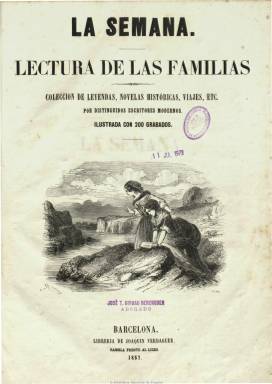
Título: La Semana (Barcelona)
Colección: Semanarios de amenidades
Ámbito geográfico: Barcelona
Lugar de publicación: Barcelona
Fechas: 01/01/1857-31/12/1857

Revista ilustrada (salía los domingos) que puso como objeto de su publicación la de proporcionar una lectura amena e instructiva, en particular, a los padres de familia, y de “todas las clases de la sociedad en general”. En su cabecera, además de indicar que se está ante una “revista nueva”, subtitulada “lectura de las familias”, señala que se trata de una “colección de leyendas, novelas históricas, viajes, etc.” escritas por “distinguidos escritores modernos”.

Estuvo dirigida por el librero y editor Joaquín Verdaguer i Bollich (1803-1864) y su colección la integran 48 entregas, de ocho páginas cada una, que suman un total de 380, publicadas todas ellas durante el año 1857, y que forman un tomo, con un índice de materias al principio. Salió de la imprenta de Juan Oliveros.

En cada número son insertados entre los textos cuatro grabados, sumando su colección unos 200, un considerable número de bojes de importación, la mayor parte de autores franceses, como Delaville, Pisan, Rosseau, Coppin y otros.

La mayor parte de los autores de sus textos son desconocidos, y entre las firmas de sus leyendas aparecen las de M. Thevenot, Gabriela Polignx y A. Rogier; entre las de sus novelas y relatos cortos, las de J. Bell, A. Bast y M. Roger; y en las de sus viajes, la de María Neville sobre un viaje a Rusia (con toda probabilidad un seudónimo), entre otras. En la sección de variedades, incluye textos sobre antigüedades, astrología, biografías y sobre asuntos varios, como volcanes, animales, navegación o grandes descubrimientos, dedicando también espacio a las composiciones poéticas.

La mayor parte del contenido de esta publicación será después reproducido en el también semanario El álbum de las familias (Barcelona: 1858-1861). Según Gisèle Cazottes, autora de un breve estudio sobre este semanario (en Hommage à Jean-Louis Flecniakoska, 1980), esta publicación es un ejemplo claro que obedecía a la moda que ejercía la literatura francesa en España en aquéllos años.